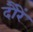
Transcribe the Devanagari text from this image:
दौरें